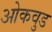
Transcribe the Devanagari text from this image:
ओकवुड